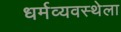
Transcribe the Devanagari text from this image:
धर्मव्यवस्थेला